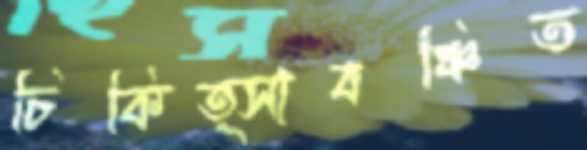
চিকিত্সাবঞ্চিত